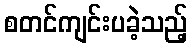
စတင်ကျင်းပခဲ့သည့်